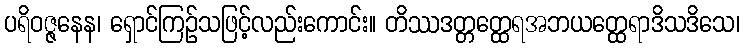
ပရိဝဇ္ဇနေန၊ ရှောင်ကြဉ်သဖြင့်လည်းကောင်း။ တိဿဒတ္တတ္ထေရအဘယတ္ထေရာဒိသဒိသေ၊